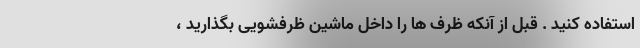
استفاده کنید . قبل از آنکه ظرف ها را داخل ماشین ظرفشویی بگذارید ،